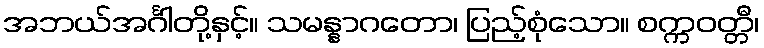
အဘယ်အင်္ဂါတို့နှင့်။ သမန္နာဂတော၊ ပြည့်စုံသော။ စက္ကဝတ္တီ၊